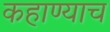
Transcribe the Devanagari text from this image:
कहाण्याच